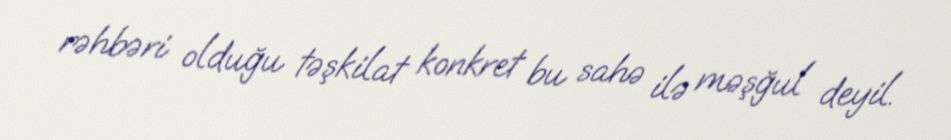
rəhbəri olduğu təşkilat konkret bu sahə ilə məşğul deyil.